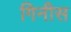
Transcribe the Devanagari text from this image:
गिनीस